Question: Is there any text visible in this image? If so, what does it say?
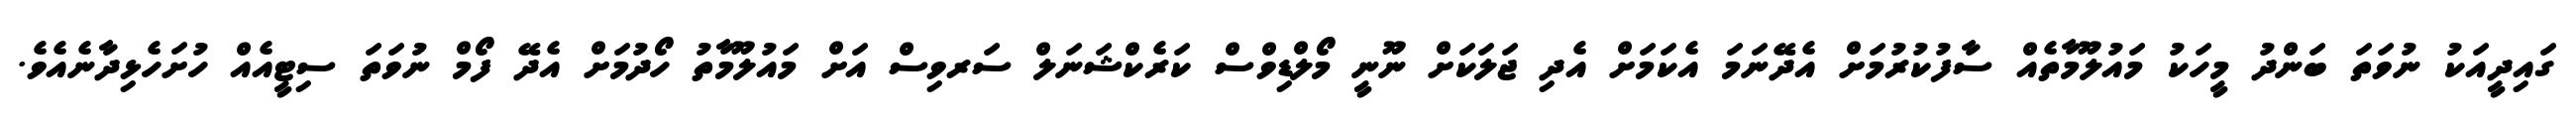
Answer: ގައިދީއަކު ނުވަތަ ބަންދު މީހަކު މައުލޫމާތެއް ސާފުކުރުމަށް އެދޭނަމަ އެކަމަށް އެދި ޖަލަކަށް ނޫނީ މޯލްޑިވްސް ކަރެކްޝަނަލް ސަރވިސް އަށް މައުލޫމާތު ހޯދުމަށް އެދޭ ފޯމް ނުވަތަ ސިޓީއެއް ހުށަހެޅިދާނެއެވެ.